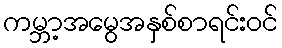
ကမ္ဘာ့အမွေအနှစ်စာရင်းဝင်